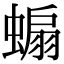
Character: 𧎥